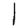
Digit: 1